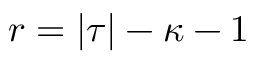
r = | \tau | - \kappa - 1